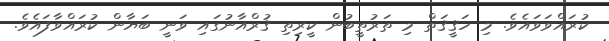
ކުރައްވަވައެވެ. މި ހަޤީޤަތް މި ތަރުތީބުން ކީރިތި ޤުރްއާނުގައި ވަނީ ބަޔާން ކުރައްވާފައެވެ.